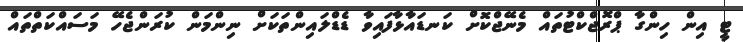
ޓީ އިން ހިންގާ ޕްރޮޖްކްޓުތައް މެނޭޖްކޮށް ކަނޑައާޅާފައިވާ ޑެޑްލައިންތަކަށް ނިންމަން ކުރަންޖެހޭ މަސައްކަތްތައް